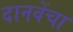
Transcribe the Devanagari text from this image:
दानवेंचा